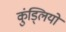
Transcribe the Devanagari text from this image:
कुंड्लियों